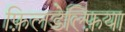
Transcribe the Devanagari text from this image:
फ़िलडेल्फ़िया